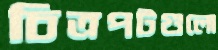
চিত্রপটগুলো